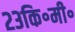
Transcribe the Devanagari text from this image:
२३कि॰मी॰